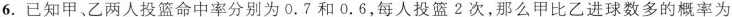
6.已知甲、乙两人投篮命中率分别为0.7和0.6,每人投篮2次，那么甲比乙进球数多的概率为